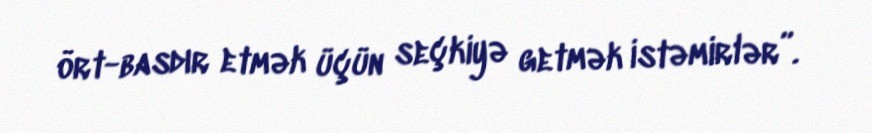
ört-basdır etmək üçün seçkiyə getmək istəmirlər”.